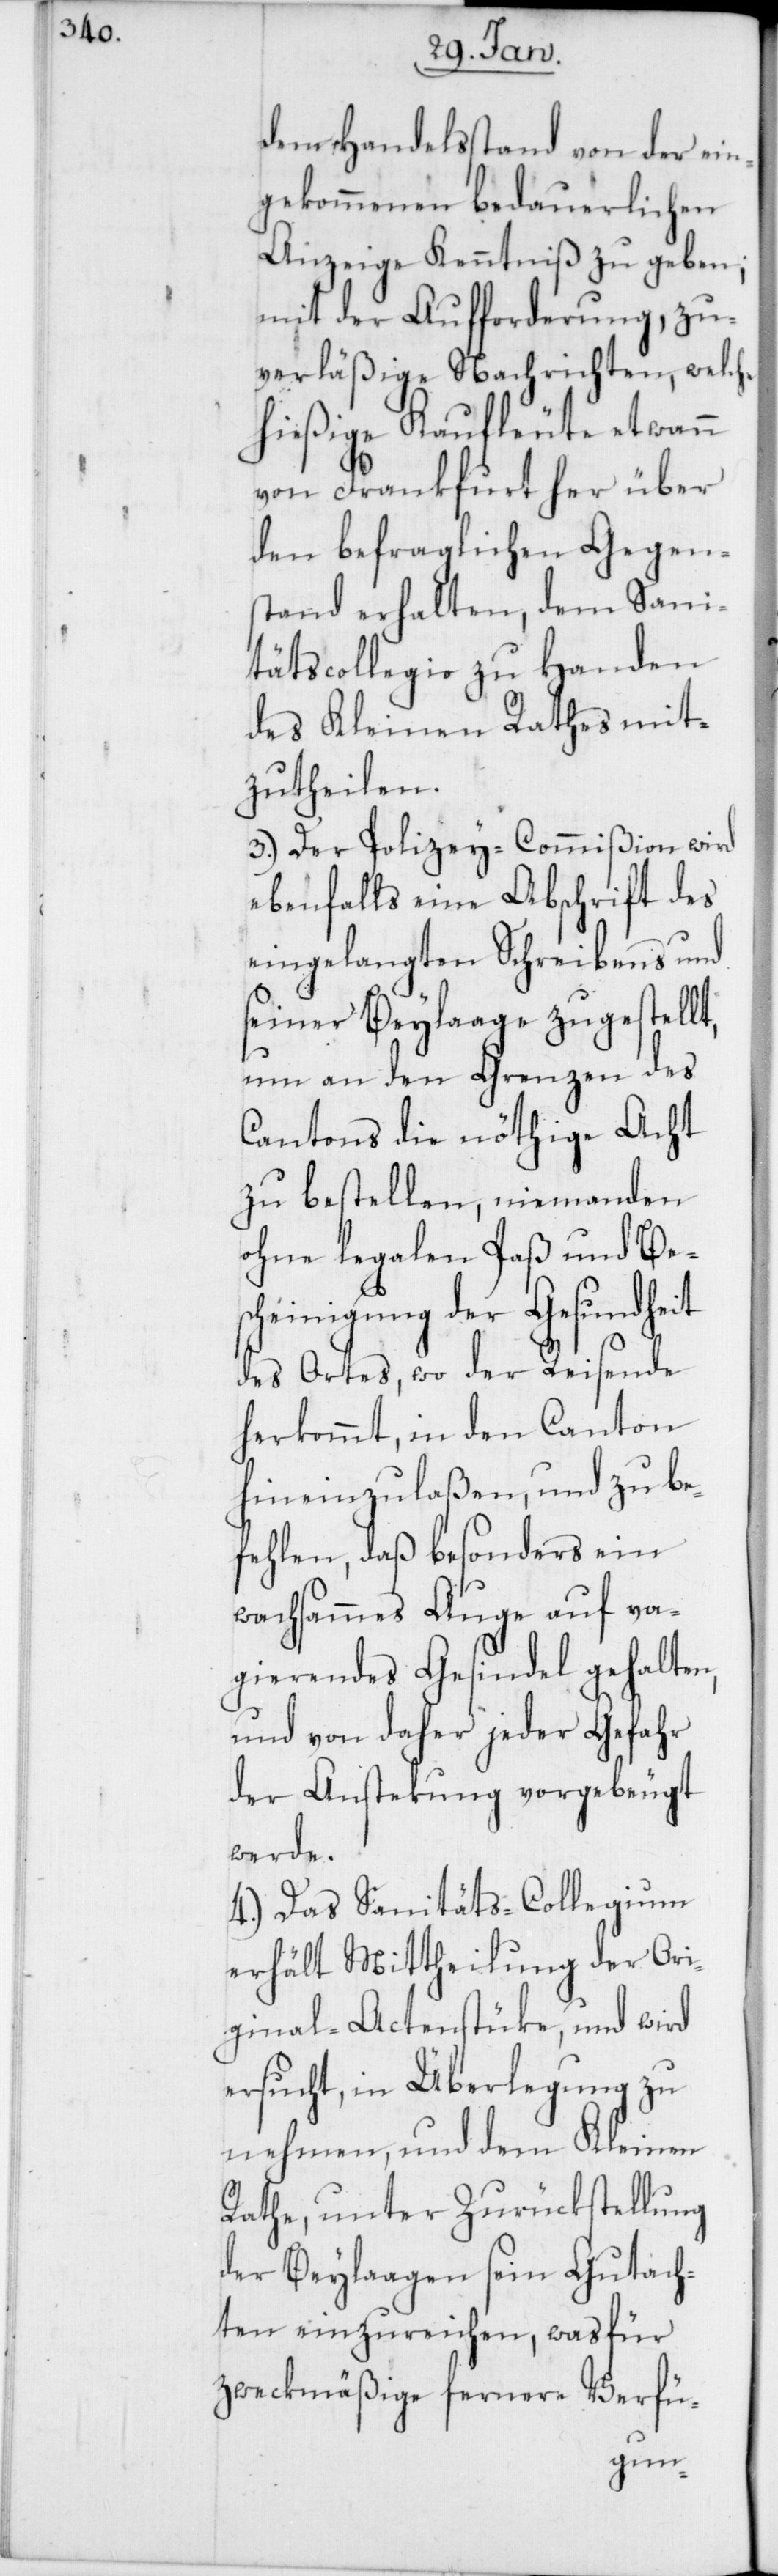
dem Handelsstand von der ein¬
gekommenen bedauerlichen
Anzeige Kenntniß zu geben;
mit der Aufforderung, zu¬
verläßige Nachrichten, welche
hießige Kaufleute etwann
von Frankfurt her über
den befraglichen Gegen¬
stand erhalten, dem Sani¬
tätscollegio zu Handen
des Kleinen Raths mit¬
zutheilen.
3.) Der Polizey-Commißion wird
ebenfalls eine Abschrift des
eingelangten Schreibens und
seiner Beylaage zugestellt,
um an den Grenzen des
Cantons die nöthige Acht
zu bestellen, niemanden
ohne legalen Paß und Besc¬
heinigung der Gesundheit
des Ortes, wo der Reisende
herkommt, in den Canton
hineinzulaßen, und zu be¬
fehlen, daß besonders ein
wachsammes Auge auf va¬
gierendes Gesindel gehalten,
und von daher jeder Gefahr
der Anstekung vorgebeugt
werde.
4.) Das Sanitäts-Collegium
erhält Mittheilung der Ori¬
ginal-Actenstüke, und wird
ersucht, in Überlegung zu
nehmen, und dem Kleinen
Rathe, unter Zurückstellung
der Beylaagen sein Gutach¬
ten einzureichen, was für
zweckmäßige fernere Verfü-